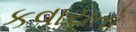
કવાયતો